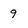
Character: 9